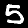
Label: 5